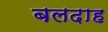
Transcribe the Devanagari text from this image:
बलदाह